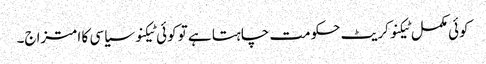
کوئی مکمل ٹیکنوکریٹ حکومت چاہتا ہے تو کوئی ٹیکنو سیاسی کا امتزاج۔